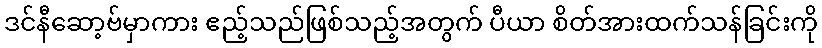
ဒင်နီဆော့ဗ်မှာကား ဧည့်သည်ဖြစ်သည့်အတွက် ပီယာ စိတ်အားထက်သန်ခြင်းကို